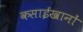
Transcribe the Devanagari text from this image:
कसाईखानों